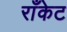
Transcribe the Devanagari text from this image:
राँकेट